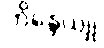
ဘိန္ဒေယျု